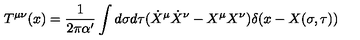
T ^ { \mu \nu } ( x ) = \frac { 1 } { 2 \pi \alpha ^ { \prime } } \int d \sigma d \tau ( \dot { X } ^ { \mu } \dot { X } ^ { \nu } - X ^ { \mu } X ^ { \nu } ) \delta ( x - X ( \sigma , \tau ) )